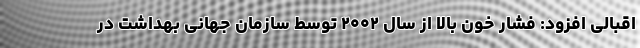
اقبالی افزود: فشار خون بالا از سال ۲۰۰۲ توسط سازمان جهانی بهداشت در